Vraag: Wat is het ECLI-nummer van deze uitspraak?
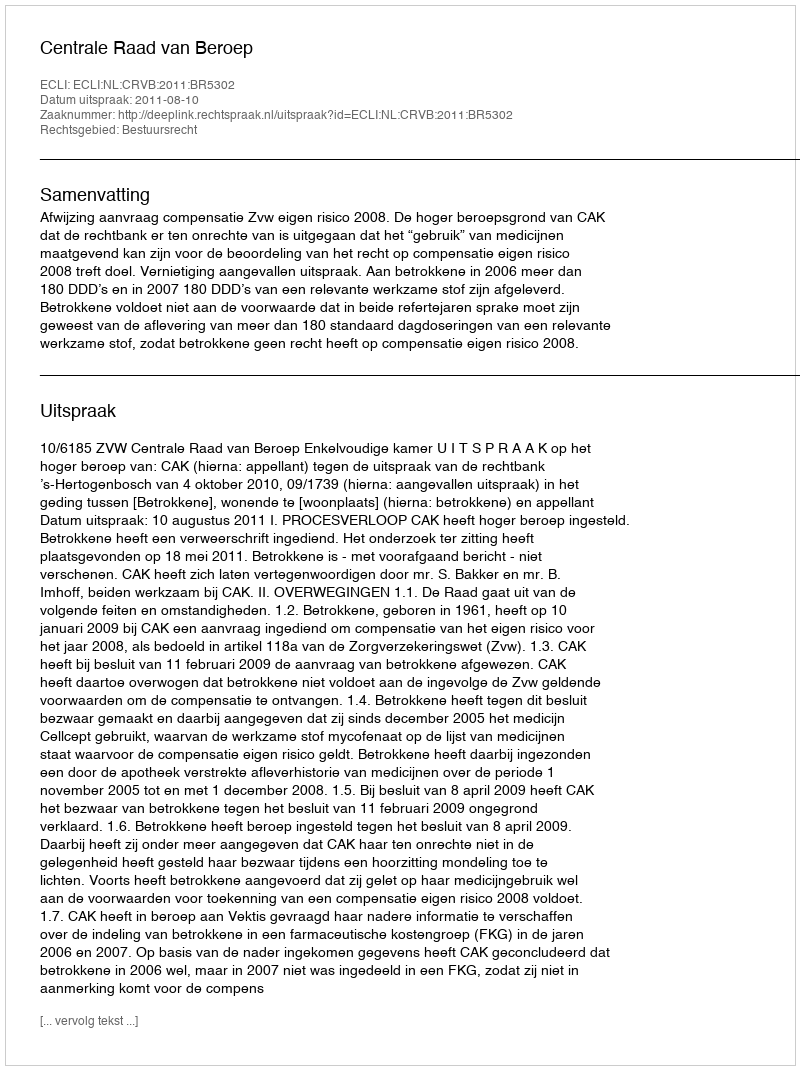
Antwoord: ECLI:NL:CRVB:2011:BR5302